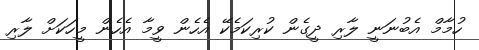
ހުމާމް އެބުނަނީ ލާރި ދީގެން ކުރިކަމެކޭ އެހެން ވީމާ އެހެން މީހަކަށް ލާރި